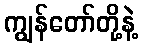
ကျွန်တော်တို့နဲ့